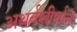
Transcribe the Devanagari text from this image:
अथर्वशीर्षानें